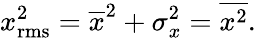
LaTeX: x_{\mathrm{rms}}^{2}={\overline{{x}}}^{2}+\sigma_{x}^{2}={\overline{{x^{2}}}}.